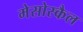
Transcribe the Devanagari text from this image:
मेसोस्कैल